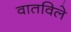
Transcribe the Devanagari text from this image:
वातविले